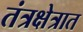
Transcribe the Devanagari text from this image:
तंत्रक्षेत्रात